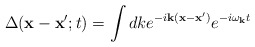
\begin{align*}\Delta({\bf x}-{\bf x}';t) = \int dk e^{-i {\bf k}({\bf x}-{\bf x}')} e^{-i \omega_{\bf k} t}\end{align*}